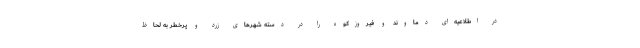
در اطلاعیه‌ای دماوند و فیروزکوه را در دسته شهرهای زرد و پرخطر به لحاظ